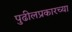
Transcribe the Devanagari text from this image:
पुढीलप्रकारच्या